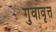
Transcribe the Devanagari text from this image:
गुवावृत्त